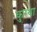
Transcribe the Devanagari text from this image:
कुरथा